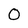
Character: 0